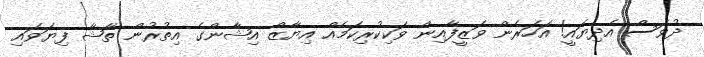
ދުވަސް އެދިޔައީ! އަހަރެން ވަޒީފާއިން ވަކިކުރިކަމެއް އިޔާޒް އިޝާންގެ އިތުރުން ތާޝާ ފިޔަވައި